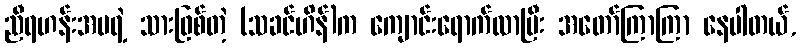
ညီရဟန်းအမရဲ့ သားဖြစ်တဲ့ (သခင်ဟိန်)က ကျောင်းရောက်လာပြီး အတော်ကြာကြာ နေပါတယ်,